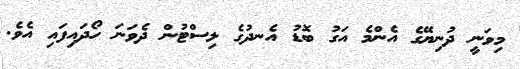
މިވަނީ ދުނިޔޭގެ އެންމެ އަގު ބޮޑު އެނދުގެ ލިސްޓުން ދެވަނަ ހޯދައިފައި އެވެ.